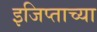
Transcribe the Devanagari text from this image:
इजिप्ताच्या